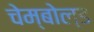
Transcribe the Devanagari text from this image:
चेम्बोल्ड